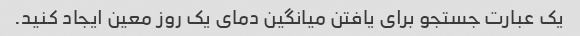
یک عبارت جستجو برای یافتن میانگین دمای یک روز معین ایجاد کنید.